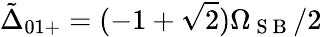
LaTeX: \tilde{\Delta}_{01+}=(-1+\sqrt{2})\Omega_{\mathrm{~S~B~}}/2